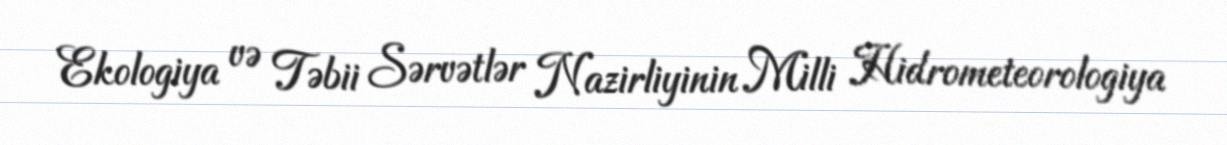
Ekologiya və Təbii Sərvətlər Nazirliyinin Milli Hidrometeorologiya